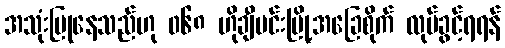
အသုံးပြုနေသည်ဟု ၀၆၈ ဟိုချီမင်းမြို့အခြေစိုက် လုပ်ခွင့်ရရန်